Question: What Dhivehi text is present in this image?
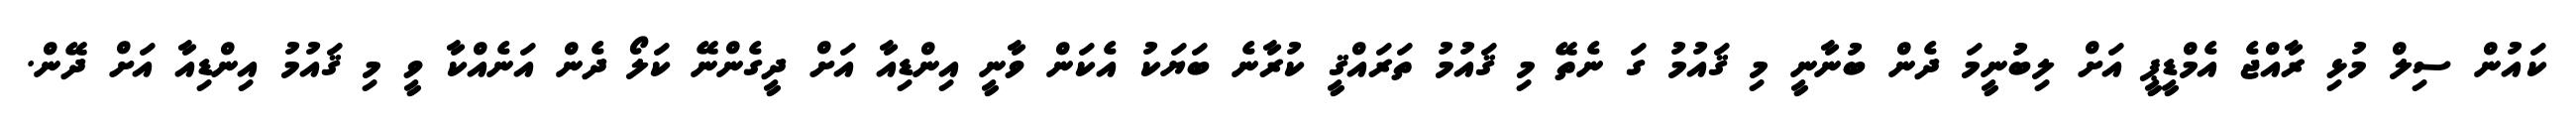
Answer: ކައުން ސިލް މުޅި ރާއްޖެ އެމްޑީޕީ އަށް ލިބުނީމަ ދެން ބުނާނީ މި ޤައުމު ގަ ނެތޭ މި ޤައުމު ތަރައްޤީ ކުރާނެ ބަޔަކު އެކަން ވާނީ އިންޑިއާ އަށް ދީގެންނޭ ކަލޯ ދެން އަނެއްކާ ވީ މި ޤައުމު އިންޑިއާ އަށް ދޭން.